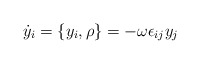
\begin{align*}\dot{y}_i = \{y_i, \rho \} = -\omega \epsilon_{ij} y_j\end{align*}